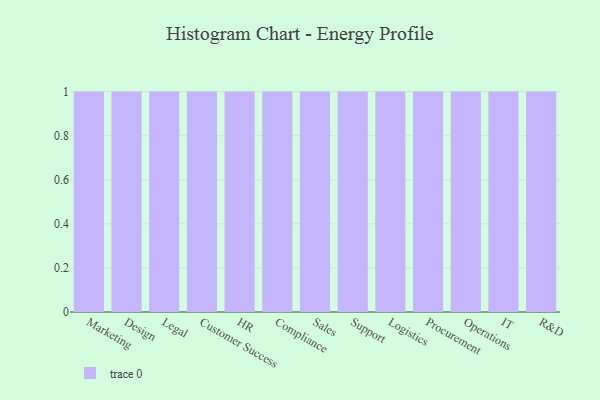
{"axis": {"x": "Department", "y": "Waste Production (Tons)"}, "legend": [""], "data": [{"x": "Marketing", "y": 47, "type": ""}, {"x": "Design", "y": 94, "type": ""}, {"x": "Legal", "y": 43, "type": ""}, {"x": "Customer Success", "y": 81, "type": ""}, {"x": "HR", "y": 98, "type": ""}, {"x": "Compliance", "y": 91, "type": ""}, {"x": "Sales", "y": 86, "type": ""}, {"x": "Support", "y": 79, "type": ""}, {"x": "Logistics", "y": 42, "type": ""}, {"x": "Procurement", "y": 4, "type": ""}, {"x": "Operations", "y": 71, "type": ""}, {"x": "IT", "y": 79, "type": ""}, {"x": "R&D", "y": 1, "type": ""}]}